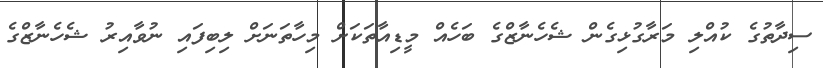
ސިދާތުގެ ކުއްލި މަރާގުޅިގެން ޝެހެނާޒްގެ ބަހެއް މީޑިއާތަކަށް މިހާތަނަށް ލިބިފައި ނުވާއިރު ޝެހެނާޒްގެ